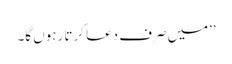
’’میں صرف دعا کرتا رہوں گا۔